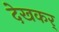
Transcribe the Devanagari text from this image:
देखकर्